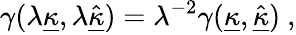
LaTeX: \gamma(\lambda{\underline{{\kappa}}},\lambda\hat{\underline{{\kappa}}})=\lambda^{-2}\gamma({\underline{{\kappa}}},\hat{\underline{{\kappa}}})~,